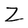
Character: Z